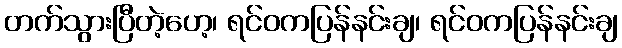
တက်သွားပြီတဲ့ဟေ့၊ ရင်ဝကပြန်နင်းချ၊ ရင်ဝကပြန်နင်းချ